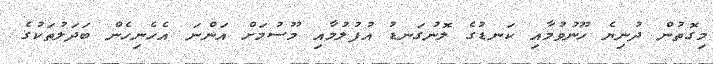
މިގޮތުން ދުނިޔެ ހޫނުވުމާއި ކަނޑުގެ ލޮނުގަނޑު އުފުލުމާއި މޫސުމަށް އަންނަ އެހެނިހެން ބަދަލުތަކުގެ